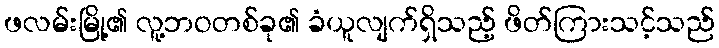
ဖလမ်းမြို့၏ လူ့ဘဝတစ်ခု၏ ခံယူလျက်ရှိသည့် ဖိတ်ကြားသင့်သည်